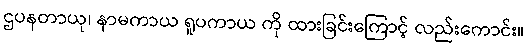
ဌပနတာယု၊ နာမကာယ ရူပကာယ ကို ထားခြင်းကြောင့် လည်းကောင်း။